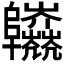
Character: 𨽱